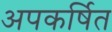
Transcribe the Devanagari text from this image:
अपकर्षित